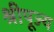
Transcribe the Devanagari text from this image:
श्रीपूज्य